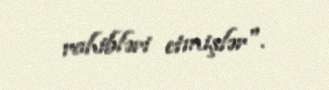
rahibləri etmişlər".